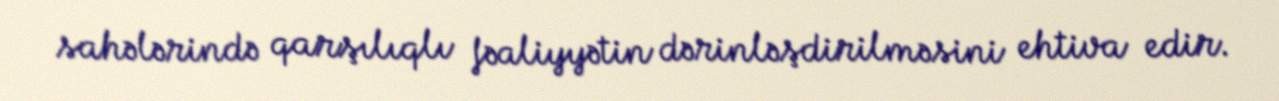
sahələrində qarşılıqlı fəaliyyətin dərinləşdirilməsini ehtiva edir.